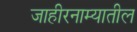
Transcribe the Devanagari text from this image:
जाहीरनाम्यातील